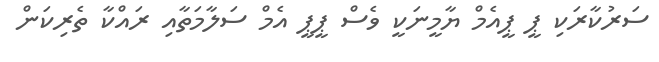
ސަރުކާރަކި ޕީ ޕީއެމް ޔާމީނަކީ ވެސް ޕީޕީ އެމް ސަލާމަތާއި ރައްކާ ތެރިކަން